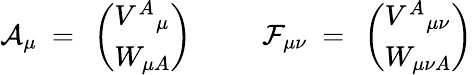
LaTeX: {\cal A}_{\mu}~=~\left(\begin{array}{l}{{V^{A}{}_{\mu}}}\\ {{W_{\mu A}}}\end{array}\right){}~~~~~~~~~~{\cal F}_{\mu\nu}~=~\left(\begin{array}{l}{{V^{A}{}_{\mu\nu}}}\\ {{W_{\mu\nu A}}}\end{array}\right)